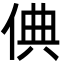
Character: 倎